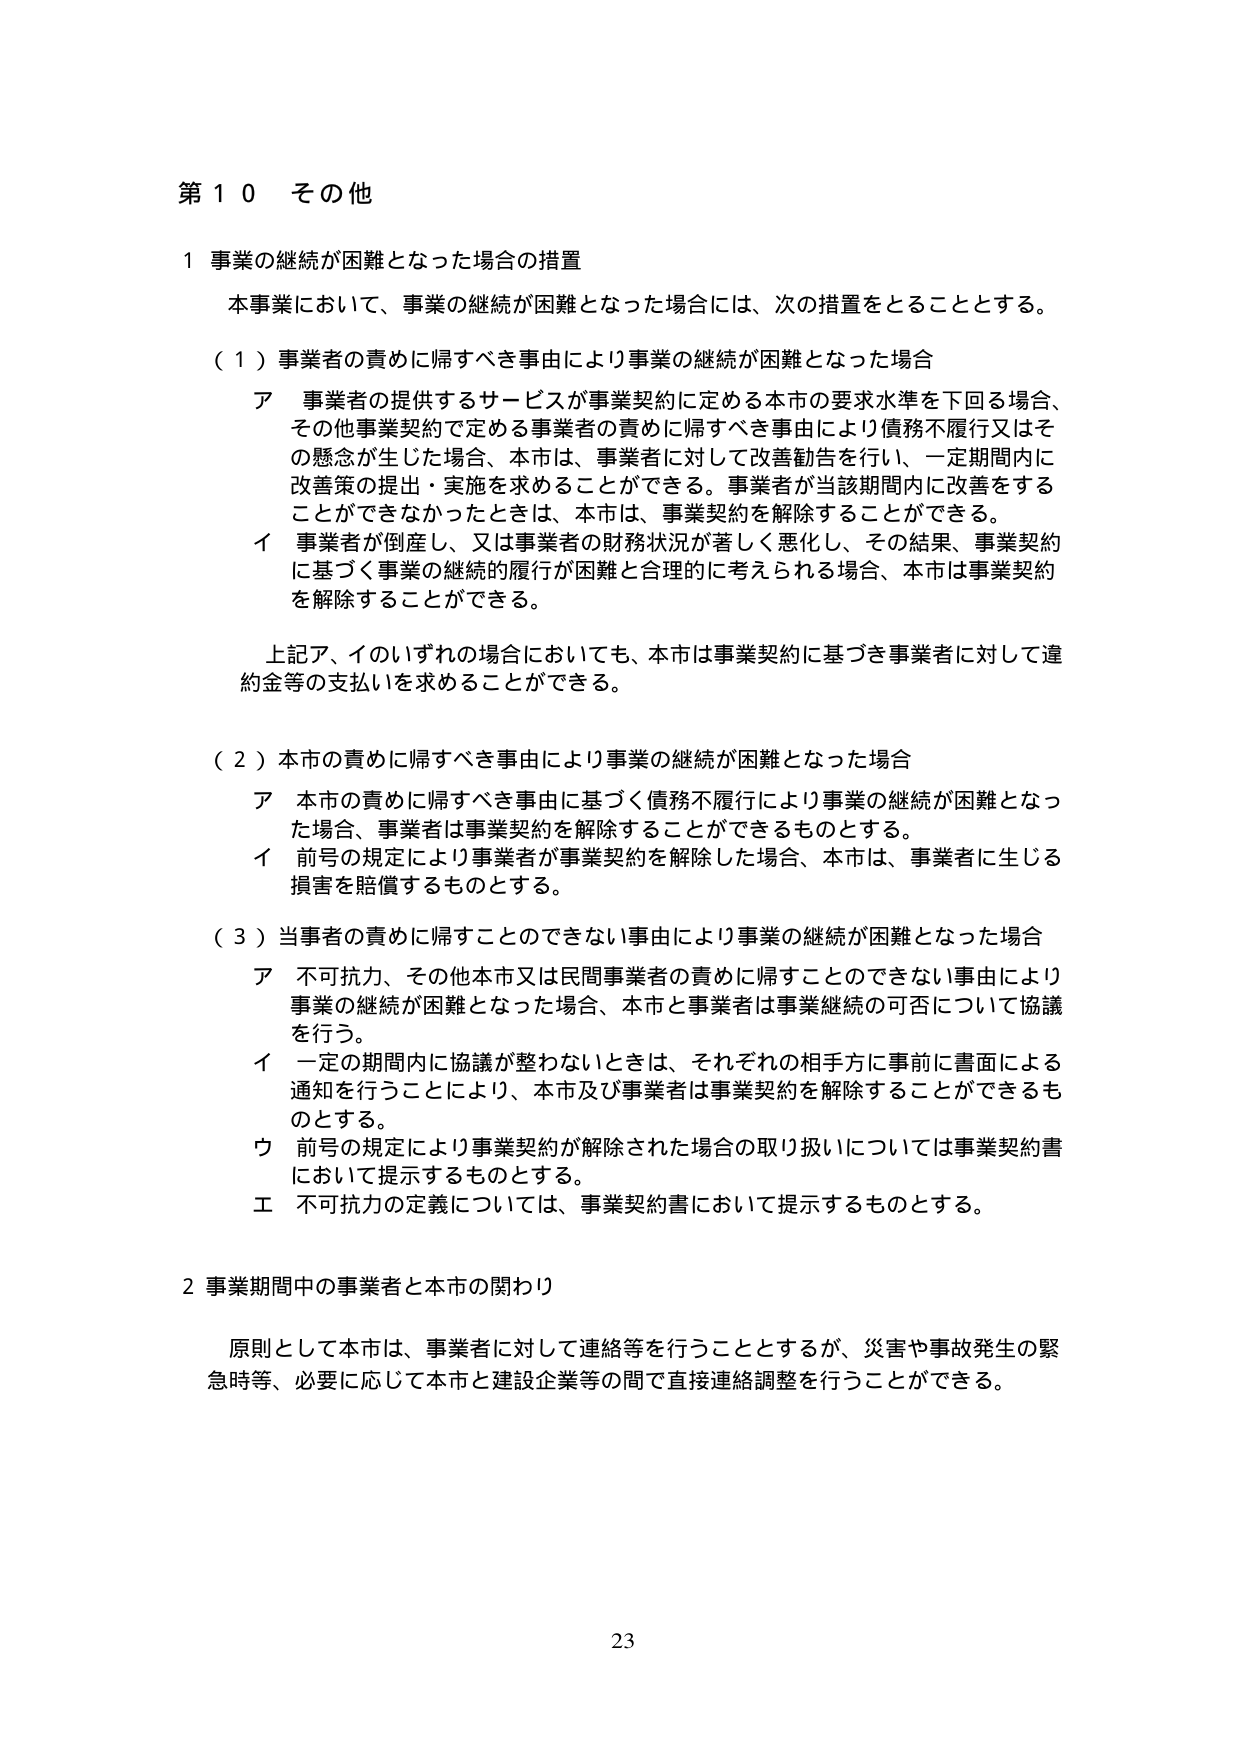
第１０ その他

１ 事業の継続が困難となった場合の措置

本事業において、事業の継続が困難となった場合には、次の措置をとることとする。

（１）事業者の責めに帰すべき事由により事業の継続が困難となった場合

ア 事業者の提供するサービスが事業契約に定める本市の要求水準を下回る場合、
その他事業契約で定める事業者の責めに帰すべき事由により債務不履行又はそ
の懸念が生じた場合、本市は、事業者に対して改善勧告を行い、一定期間内に
改善策の提出・実施を求めることができる。事業者が当該期間内に改善をする
ことができなかったときは、本市は、事業契約を解除することができる。

イ 事業者が倒産し、又は事業者の財務状況が著しく悪化し、その結果、事業契約
に基づく事業の継続の履行が困難と合理的に考えられる場合、本市は事業契約
を解除することができる。

上記ア、イのいずれの場合においても、本市は事業契約に基づき事業者に対して違
約金等の支払いを求めることができる。

（２）本市の責めに帰すべき事由により事業の継続が困難となった場合

ア 本市の責めに帰すべき事由に基づく債務不履行により事業の継続が困難となっ
た場合、事業者は事業契約を解除することができるものとする。

イ 前号の規定により事業者が事業契約を解除した場合、本市は、事業者に生じる
損害を賠償するものとする。

（３）当事者の責めに帰すことのできない事由により事業の継続が困難となった場合

ア 不可抗力、その他本市又は民間事業者の責めに帰すことのできない事由により
事業の継続が困難となった場合、本市と事業者は事業継続の可否について協議
を行う。

イ 一定の期間内に協議が整わないときは、それぞれの相手方に事前に書面による
通知を行うことにより、本市及び事業者は事業契約を解除することができるも
のとする。

ウ 前号の規定により事業契約が解除された場合の取り扱いについては事業契約書
において提示するものとする。

エ 不可抗力の定義については、事業契約書において提示するものとする。

２ 事業期間中の事業者と本市の関わり

原則として本市は、事業者に対して連絡等を行うこととするが、災害や事故発生の緊
急時等、必要に応じて本市と建設企業等の間で直接連絡調整を行うことができる。

23